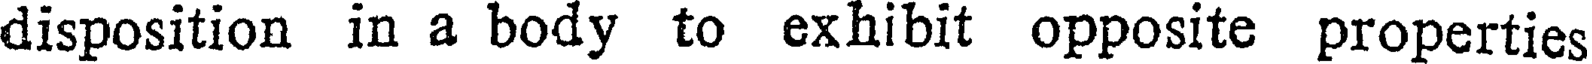
disposition in a body to exhibit opposite properties